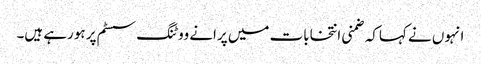
انہوں نے کہاکہ ضمنی انتخابات میں پرانے ووٹنگ سسٹم پر ہورہے ہیں۔